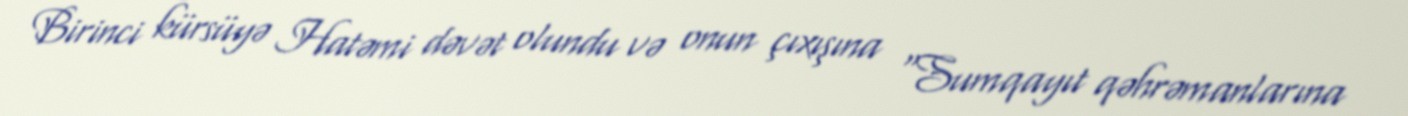
Birinci kürsüyə Hatəmi dəvət olundu və onun çıxışına “Sumqayıt qəhrəmanlarına